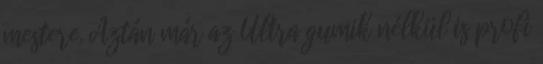
mestere. Aztán már az Ultra gumik nélkül is profi